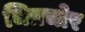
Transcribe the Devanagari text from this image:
चित्रचोर